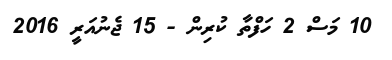
10 މަސް 2 ހަފްތާ ކުރިން - 15 ޖެނުއަރީ 2016